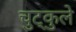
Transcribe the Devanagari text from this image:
चुट्कुले